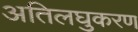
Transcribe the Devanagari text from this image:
अतिलघुकरण